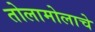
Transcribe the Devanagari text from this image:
तोलामोलाचे